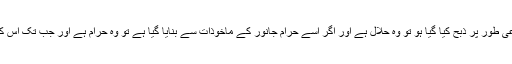
جیلیٹن اگر ایسے حلال جانور کے ماخوذات سے بنا ہے جسے شرعی طور پر ذبح کیا گیا ہو تو وہ حلال ہے اور اگر اسے حرام جانور کے ماخوذات سے بنایا گیا ہے تو وہ حرام ہے اور جب تک اس کا حلال یا حرام ہونا یقینی نہ ہو تو اسے ’’قابلِ تحقیق‘‘ کہا جائے گا۔